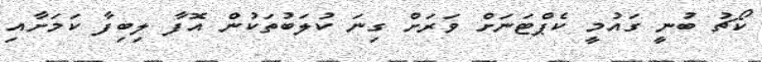
ކޯޗު ބުނީ ގައުމީ ކެޕްޓަނަށް ވަރަށް ގިނަ ކުލަބުތަކުން އޮފާ ލިބިފާ ކަމަށާއި